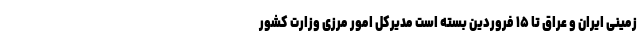
زمینی ایران و عراق تا ۱۵ فروردین بسته است مدیرکل امور مرزی وزارت کشور